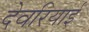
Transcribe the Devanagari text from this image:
देवरियाई